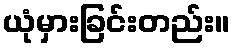
ယုံမှားခြင်းတည်း။